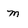
Character: m